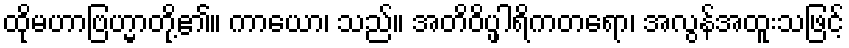
ထိုမဟာဗြဟ္မာတို့၏။ ကာယော၊ သည်။ အတိဝိပ္ဖါရိကတရော၊ အလွန်အထူးသဖြင့်